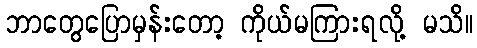
ဘာတွေပြောမှန်းတော့ ကိုယ်မကြားရလို့ မသိ။